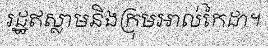
រដ្ឋឥស្លាមនិងក្រុមអាល់កៃដា។